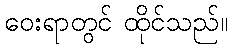
ဝေးရာတွင် ထိုင်သည်။